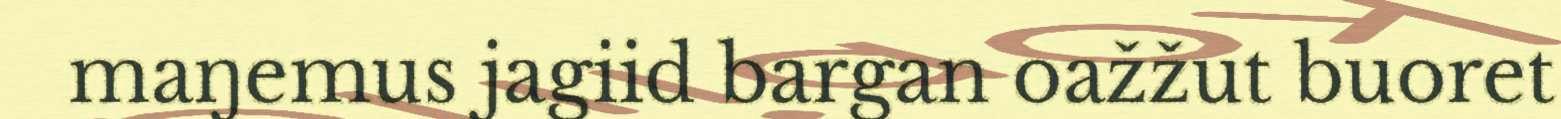
maŋemus jagiid bargan oažžut buoret